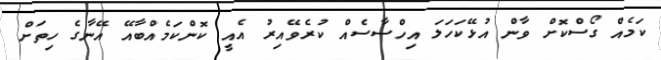
ކަމެއް ގޯސްކޮށް ވާން އުޅޭކަހަލަ އިހްސާސެއް ކުރެވޭއިރު އެއީ ކޮންކަމެއްބާއޭ އޭނާގެ ހިތަށް